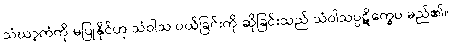
သံဃာ့ကံကို မပြုနိုင်ဟု သံဝါသ ပယ်ခြင်းကို ဆိုခြင်းသည် သံဝါသပ္ပဋိက္ခေပ မည်၏။